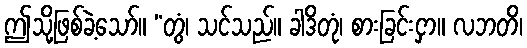
ဤသို့ဖြစ်ခဲ့သော်။ “တွံ၊ သင်သည်။ ခါဒိတုံ၊ စားခြင်းငှာ။ လဘတိ၊